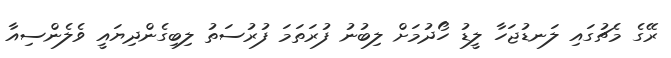
ރޭގެ މެޗުގައި ލަނޑުޖަހާ ލީޑު ހޯދުމަށް ލިބުނު ފުރަތަމަ ފުރުސަތު ލިބިގެންދިޔައީ ވެލެންސިއާ